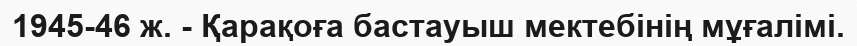
1945-46 ж. - Қарақоға бастауыш мектебінің мұғалімі.